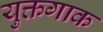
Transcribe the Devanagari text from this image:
युक्तगाक